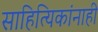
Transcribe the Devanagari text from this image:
साहित्यिकांनाही